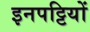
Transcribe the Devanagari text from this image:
इनपट्टियों